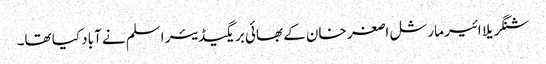
شنگریلا ائیر مارشل اصغر خان کے بھائی بریگیڈیئر اسلم نے آباد کیا تھا۔